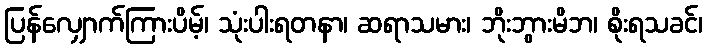
ပြန်လျှောက်ကြားပိမ့်၊ သုံးပါးရတနာ၊ ဆရာသမား၊ ဘိုးဘွားမိဘ၊ စိုးရသခင်၊